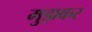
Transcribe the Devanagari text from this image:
मुड़ाकर